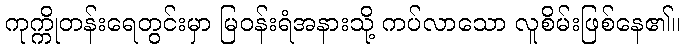
ကုက္ကိုတန်းရေတွင်းမှာ မြဝန်းရံအနားသို့ ကပ်လာသော လူစိမ်းဖြစ်နေ၏။